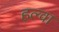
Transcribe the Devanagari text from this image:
हल्वा